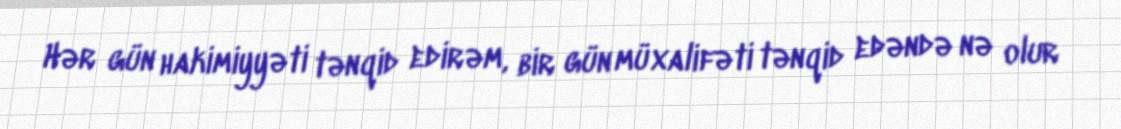
Hər gün hakimiyyəti tənqid edirəm, bir gün müxalifəti tənqid edəndə nə olur